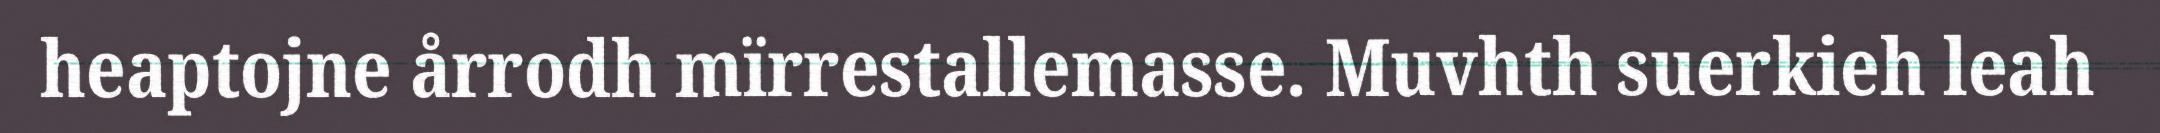
heaptojne årrodh mïrrestallemasse. Muvhth suerkieh leah